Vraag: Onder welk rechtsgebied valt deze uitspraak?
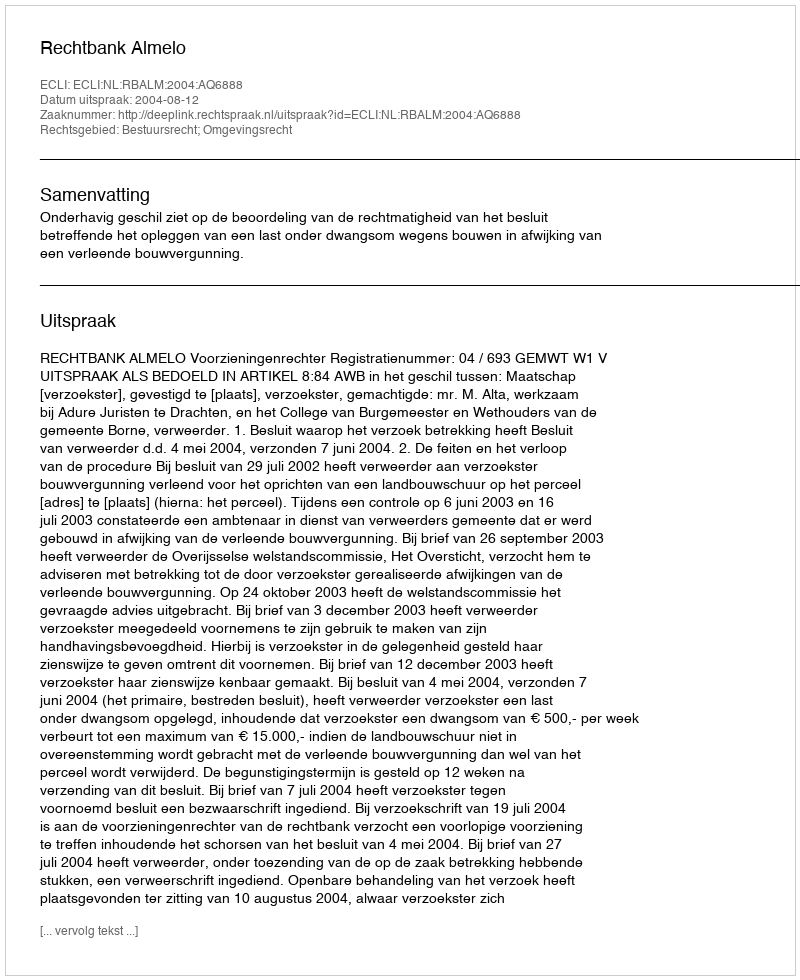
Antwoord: Bestuursrecht; Omgevingsrecht